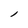
Character: l